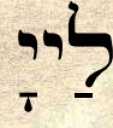
לַייָ